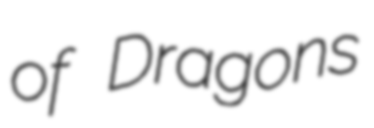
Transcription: of Dragons